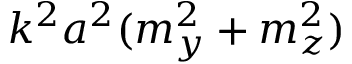
k ^ { 2 } a ^ { 2 } ( m _ { y } ^ { 2 } + m _ { z } ^ { 2 } )